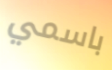
باسمي